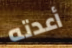
أعدته